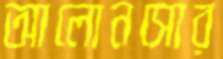
আলোনসোর